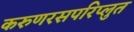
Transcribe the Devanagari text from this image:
करुणरसपरिप्लुत